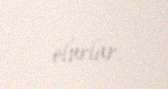
olurlar.